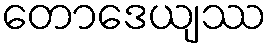
တောဒေယျဿ